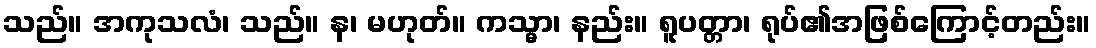
သည်။ အကုသလံ၊ သည်။ န၊ မဟုတ်။ ကသ္မာ၊ နည်း။ ရူပတ္တာ၊ ရုပ်၏အဖြစ်ကြောင့်တည်း။